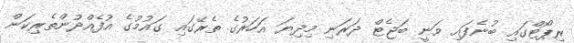
ރިޕޯޓްގައި ބުނެފައި ވަނީ ބަޖެޓް ދަރަނި މިދިޔަ އަހަރުގެ ތެރޭގައި ގައުމުގެ އުފެއްދުންތެރިކަން